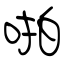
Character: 啪